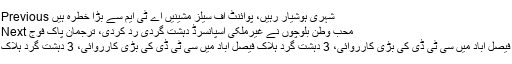
Previous شہری ہوشیار رہیں، پوائنٹ آف سیلز مشینیں اے ٹی ایم سے بڑا خطرہ ہیں
Next محب وطن بلوچوں نے غیرملکی اسپانسرڈ دہشت گردی رد کردی، ترجمان پاک فوج
فیصل آباد میں سی ٹی ڈی کی بڑی کارروائی، 3 دہشت گرد ہلاک فیصل آباد میں سی ٹی ڈی کی بڑی کارروائی، 3 دہشت گرد ہلاک